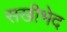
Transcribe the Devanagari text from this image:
सखीभेद